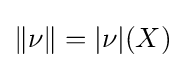
\|\nu \|=|\nu |(X)